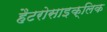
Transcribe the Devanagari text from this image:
हैटरोसाइक्लिक